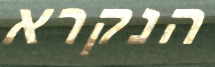
הנקרא